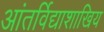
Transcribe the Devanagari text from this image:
आंतर्विद्याशाखिय